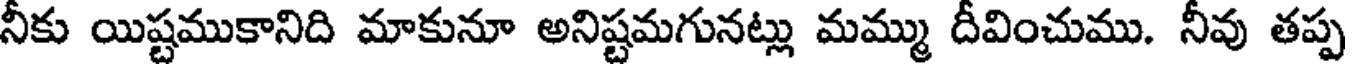
నీకు యిష్టముకానిది మాకునూ అనిష్టమగునట్లు మమ్ము దీవించుము. నీవు తప్ప